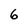
Character: 6